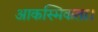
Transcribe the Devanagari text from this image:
आकस्मिकता।